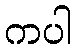
ကပါ